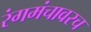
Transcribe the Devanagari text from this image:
रंगमंचावरच